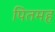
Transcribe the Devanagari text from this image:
पितमह